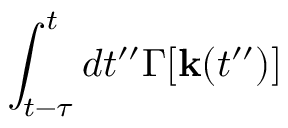
\int _ { t - \tau } ^ { t } d t ^ { \prime \prime } \Gamma [ { \bf k } ( t ^ { \prime \prime } ) ]